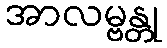
အာလမ္ဗန္တု